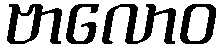
ဗာလောဝ